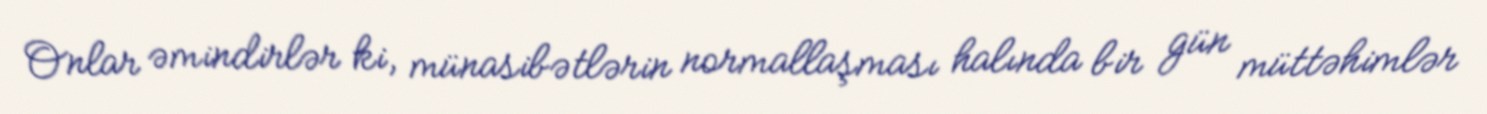
Onlar əmindirlər ki, münasibətlərin normallaşması halında bir gün müttəhimlər